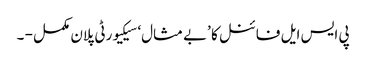
پی ایس ایل فائنل کا ’بے مثال‘ سیکیورٹی پلان مکمل - ۔